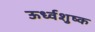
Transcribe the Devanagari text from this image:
ऊर्ध्वशुष्क